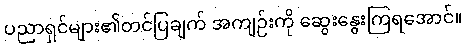
ပညာရှင်များ၏တင်ပြချက် အကျဉ်းကို ဆွေးနွေးကြရအောင်။